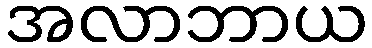
အလာဘာယ